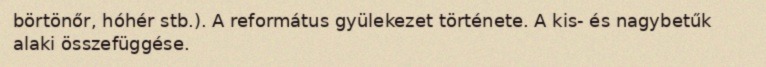
börtönőr, hóhér stb.). A református gyülekezet története. A kis- és nagybetűk alaki összefüggése.